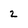
Character: 2